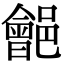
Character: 𨞡